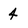
Character: 4